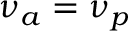
\nu _ { a } = \nu _ { p }